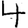
Digit: 4